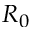
R _ { 0 }